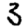
Digit: 3